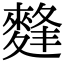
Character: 䴶